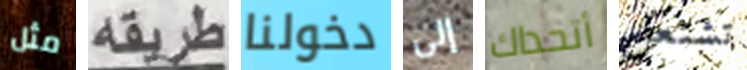
مثل طريقه دخولنا إلى أتحداك تشتعل